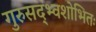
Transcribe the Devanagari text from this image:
गुरुसद्भ्वशोभितः